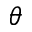
\boldsymbol { \theta }